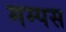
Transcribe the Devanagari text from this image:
मम्पस